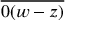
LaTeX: \overline { { 0 ( w - z ) } }